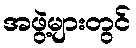
အဖွဲ့များတွင်